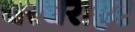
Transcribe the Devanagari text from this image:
चरचराहट